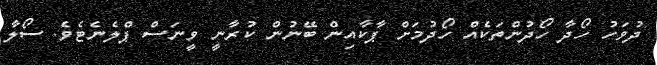
ދުވަހު ހޯދާ ހޯދުންތަކެއް ހޯދުމަށް ޕާކާއިން ބޭނުން ކުރާނީ ވީނަސް ޕްލެނެޓެވެ. ސޯލާ